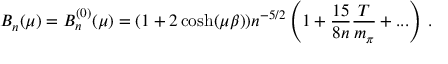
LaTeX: B _ { n } ( \mu ) = B _ { n } ^ { ( 0 ) } ( \mu ) = ( 1 + 2 \cosh ( \mu \beta ) ) n ^ { - 5 / 2 } \left( 1 + \frac { 1 5 } { 8 n } \frac { T } { m _ { \pi } } + . . . \right) \, .